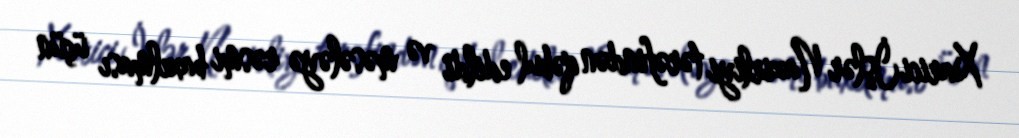
Xarici İşlər Nazirliyi tərəfindən qəbul edildi və məsələyə rəsmi baxılması üçün